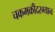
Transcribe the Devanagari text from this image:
चकमकीदरम्यान